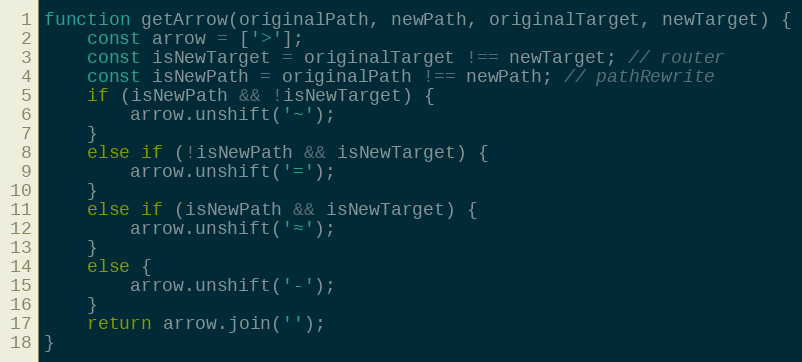
Language: JavaScript
function getArrow(originalPath, newPath, originalTarget, newTarget) {
    const arrow = ['>'];
    const isNewTarget = originalTarget !== newTarget; // router
    const isNewPath = originalPath !== newPath; // pathRewrite
    if (isNewPath && !isNewTarget) {
        arrow.unshift('~');
    }
    else if (!isNewPath && isNewTarget) {
        arrow.unshift('=');
    }
    else if (isNewPath && isNewTarget) {
        arrow.unshift('≈');
    }
    else {
        arrow.unshift('-');
    }
    return arrow.join('');
}